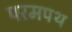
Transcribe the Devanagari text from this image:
परमपथ